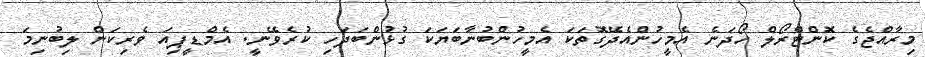
މިރާއްޖެގެ ކޮންޓްރޯލް ހޯދަނެ އެމީހުންއެދޭގޮތަކަ އެމީހުންބުނާބަޔަކަ ގުޅުންބަދަހި ކުރެވޭނީ. އެމްޑީޕިއަ ވެރިކަން ލިބުނިމަ